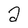
Character: a